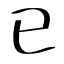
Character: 已